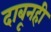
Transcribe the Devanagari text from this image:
दाबूनही